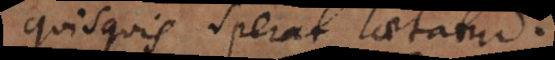
Quisquis sperat, laetatur.